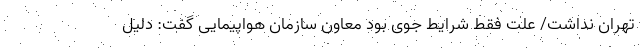
تهران نداشت/ علت فقط شرایط جوی بود معاون سازمان هواپیمایی گفت: دلیل